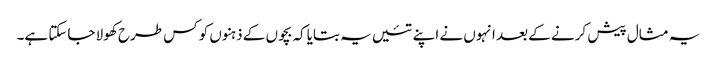
یہ مثال پیش کرنے کے بعد انہوں نے اپنے تئیں یہ بتایاکہ بچوں کے ذہنوں کو کس طرح کھولا جاسکتا ہے۔